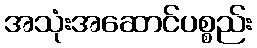
အသုံးအဆောင်ပစ္စည်း